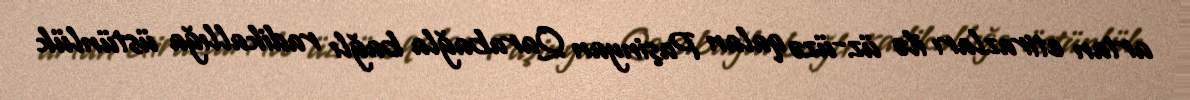
artan etirazları ilə üz-üzə qalan Paşinyan Qarabağla bağlı radikallığa üstünlük